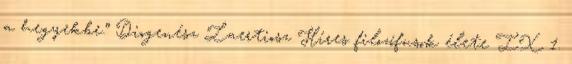
a hegyekbe.” Diogenész Laertiosz Híres filozófusok élete IX 1.